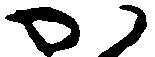
か